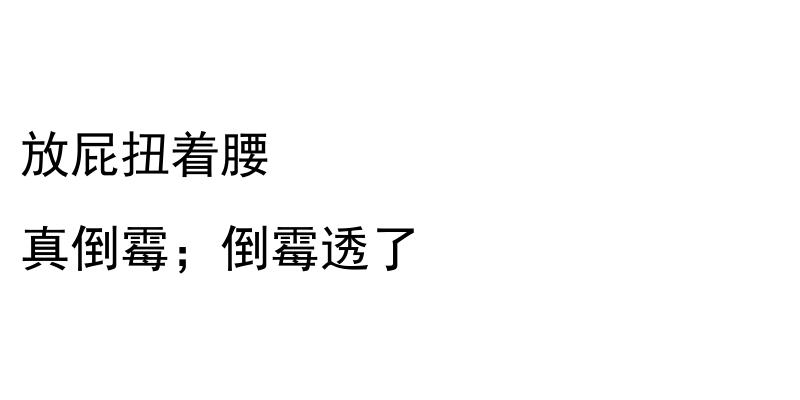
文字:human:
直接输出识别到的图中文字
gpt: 放屁扭着腰 真倒霉；倒霉透了